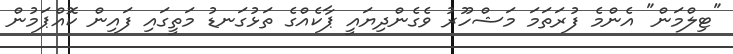
"ޓިލްމަން" އެންމެ ފުރަތަމަ މަޝްހޫރު ވެގެންދިޔައީ ޕާކެއްގެ ތަޅުގަނޑު މަތީގައި ފައިން ކޮއްޕަމުން